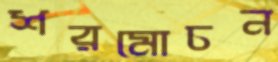
শরমোচন